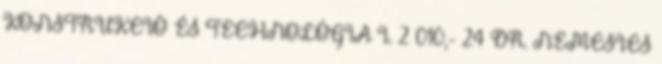
KONSTRUKCIÓ ÉS TECHNOLÓGIA I. 2 010,- 24 DR. NEMCSICS